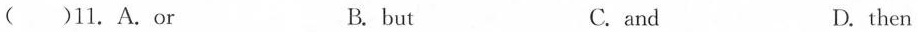
( )11. A.Or B. but C. and D. then